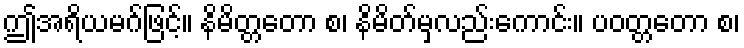
ဤအရိယမဂ်ဖြင့်။ နိမိတ္တတော စ၊ နိမိတ်မှလည်းကောင်း။ ပဝတ္တတော စ၊